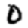
Digit: 0